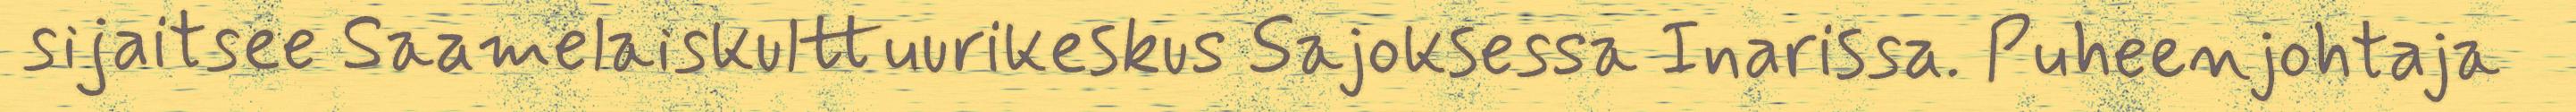
sijaitsee Saamelaiskulttuurikeskus Sajoksessa Inarissa. Puheenjohtaja